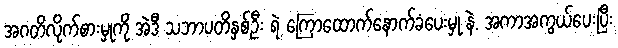
အဂတိလိုက်စားမှုကို အဲဒီ သဘာပတိနှစ်ဦး ရဲ့ ကြောထောက်နောက်ခံပေးမှု နဲ. အကာအကွယ်ပေးပြီး